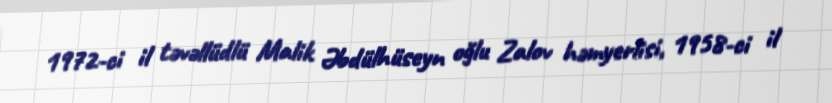
1972-ci il təvəllüdlü Malik Əbdülhüseyn oğlu Zalov həmyerlisi, 1958-ci il